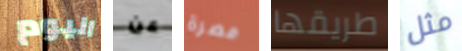
اليوم عن مصرة طريقها مثل